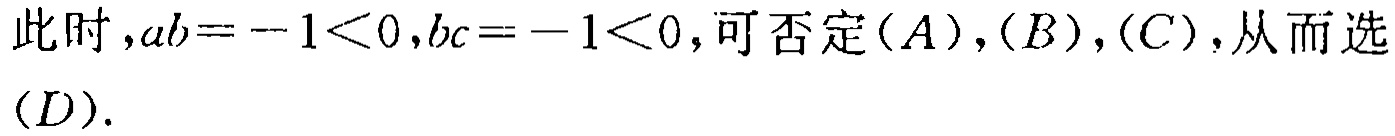
此时，\(ab = -1<0,bc = -1<0\)，可否定\((A)\)，\((B)\)，\((C)\)，从而选\((D)\).